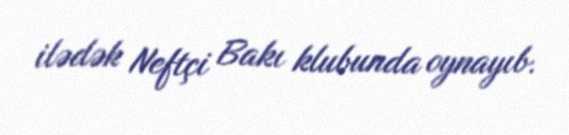
ilədək Neftçi Bakı klubunda oynayıb.